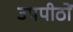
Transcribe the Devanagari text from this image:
उपपीठों